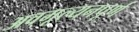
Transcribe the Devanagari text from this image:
अवमूल्यनपूर्ण